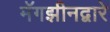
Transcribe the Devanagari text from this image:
मॅगझीनद्वारे